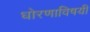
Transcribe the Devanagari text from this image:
धोरणाविषयी